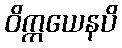
ဝိက္ကယေနပိ